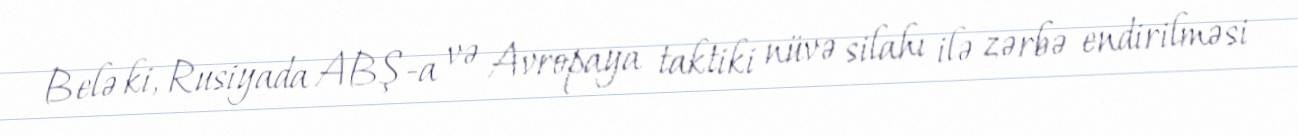
Belə ki, Rusiyada ABŞ-a və Avropaya taktiki nüvə silahı ilə zərbə endirilməsi